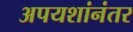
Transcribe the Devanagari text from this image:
अपयशांनंतर